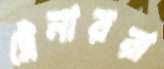
ট্রেনাররা